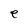
Character: e